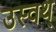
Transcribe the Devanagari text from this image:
उस्वथ्